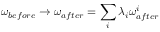
\omega _ { b e f o r e } \rightarrow \omega _ { a f t e r } = \sum _ { i } \lambda _ { i } \omega _ { a f t e r } ^ { i }